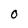
Character: O